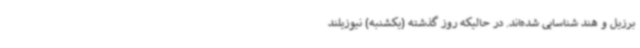
برزیل و هند شناسایی شده‌اند. در حالیکه روز گذشته (یکشنبه) نیوزیلند